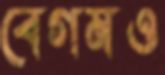
বেগমও